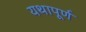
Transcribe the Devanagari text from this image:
यथापूर्ण